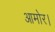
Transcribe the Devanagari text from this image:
आमोर।